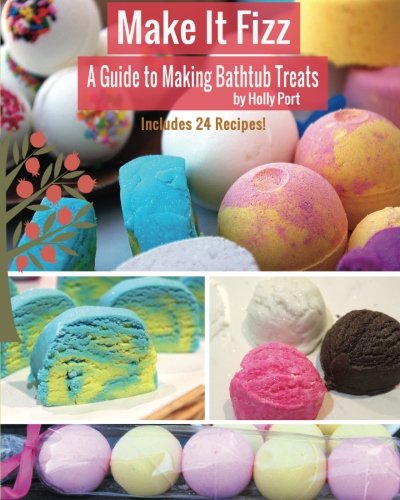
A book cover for Make It Fizz: A Guide to Making Bathtub Treats; Holly Port; Crafts, Hobbies & Home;